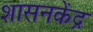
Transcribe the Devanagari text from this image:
शासनकेंद्र